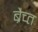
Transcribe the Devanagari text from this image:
ब्रैच्त